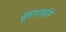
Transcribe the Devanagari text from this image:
सूडभावनेने